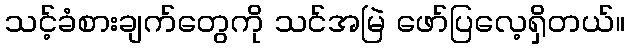
သင့်ခံစားချက်တွေကို သင်အမြဲ ဖော်ပြလေ့ရှိတယ်။